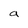
Character: a